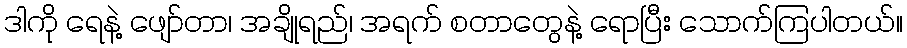
ဒါကို ရေနဲ့ ဖျော်တာ၊ အချိုရည်၊ အရက် စတာတွေနဲ့ ရောပြီး သောက်ကြပါတယ်။